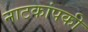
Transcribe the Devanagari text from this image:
नाटकांपकी